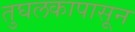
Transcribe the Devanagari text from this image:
तुघलकापासून